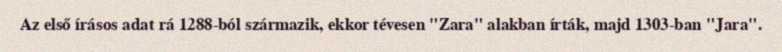
Az első írásos adat rá 1288-ból származik, ekkor tévesen "Zara" alakban írták, majd 1303-ban "Jara".